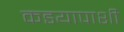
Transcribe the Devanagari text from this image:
कडयापाशी